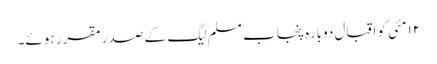
١٢ مئی کو اقبال دوبارہ پنجاب مسلم لیگ کے صدر مقرر ہوئے۔